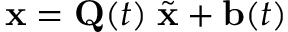
{ \mathbf x } = { \mathbf Q } ( t ) \; \widetilde { { \mathbf x } } + { \mathbf b } ( t )